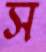
স